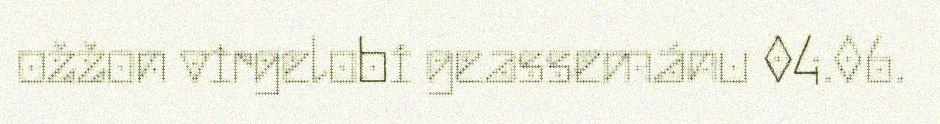
ožžon virgelobi geassemánu 04.06.